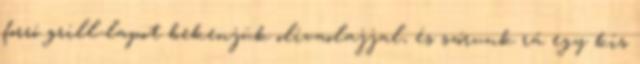
forró grill-lapot bekenjük olívaolajjal, és szórunk rá egy kis